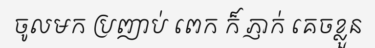
ចូលមក ប្រញាប់ ពេក ក៏ ភ្ញាក់ គេចខ្លួន